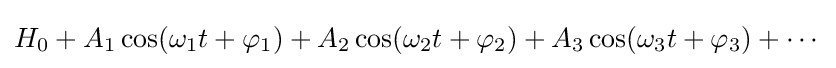
H_{0}+A_{1}\cos(\omega _{1}t+\varphi _{1})+A_{2}\cos(\omega _{2}t+\varphi _{2})+A_{3}\cos(\omega _{3}t+\varphi _{3})+\cdots